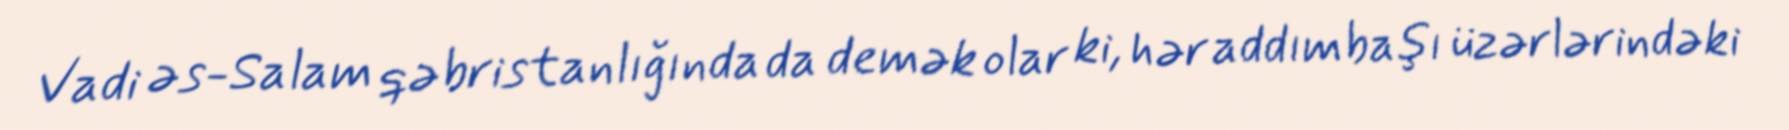
Vadi əs-Salam qəbristanlığında da demək olar ki, hər addımbaşı üzərlərindəki